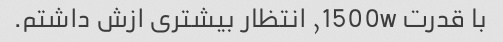
با قدرت 1500w, انتظار بیشتری ازش داشتم.